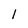
Character: 1